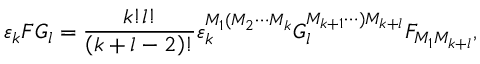
\varepsilon _ { k } F G _ { l } = \frac { k ! l ! } { \left( k + l - 2 \right) ! } \varepsilon _ { k } ^ { M _ { 1 } ( M _ { 2 } \cdots M _ { k } } G _ { l } ^ { M _ { k + 1 } \cdots ) M _ { k + l } } F _ { M _ { 1 } M _ { k + l } } ,